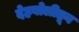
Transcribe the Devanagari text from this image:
देहबोलीतून